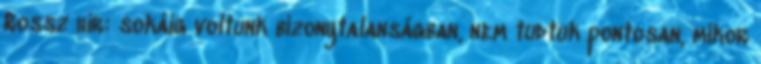
Rossz hír: sokáig voltunk bizonytalanságban, nem tudtuk pontosan, mikor